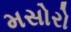
મસોરો